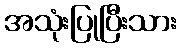
အသုံးပြုပြီးသား